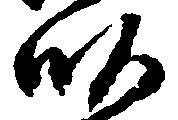
畝